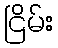
ငြိမ်း